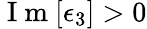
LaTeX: \mathrm{~I~m~}[\epsilon_{3}]>0